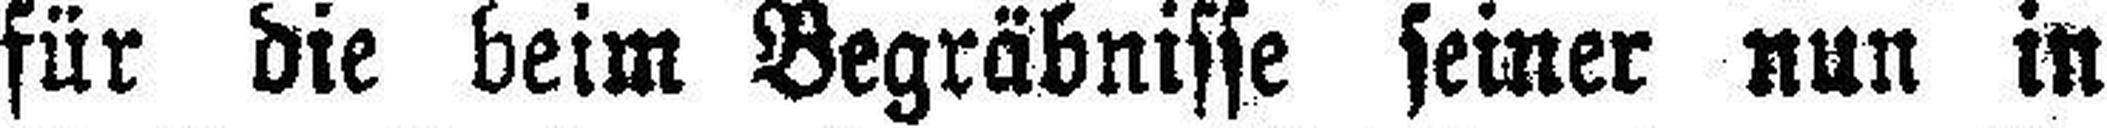
für die beim Begräbnisse seiner nun in